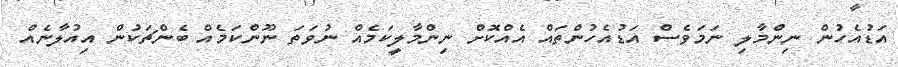
އަޑުއެހުން ނިންމާލި ނަމަވެސް އަޑުއެހުންތައް އެއްކޮށް ނިންމާލީކަމެއް ނުވަތަ ނޫންކަމެއް ބެންޗަކުން އިއުލާނެއް